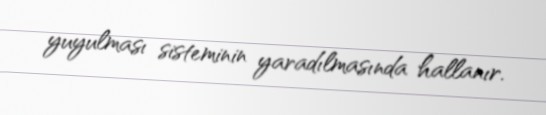
yuyulması sisteminin yaradılmasında hallanır.